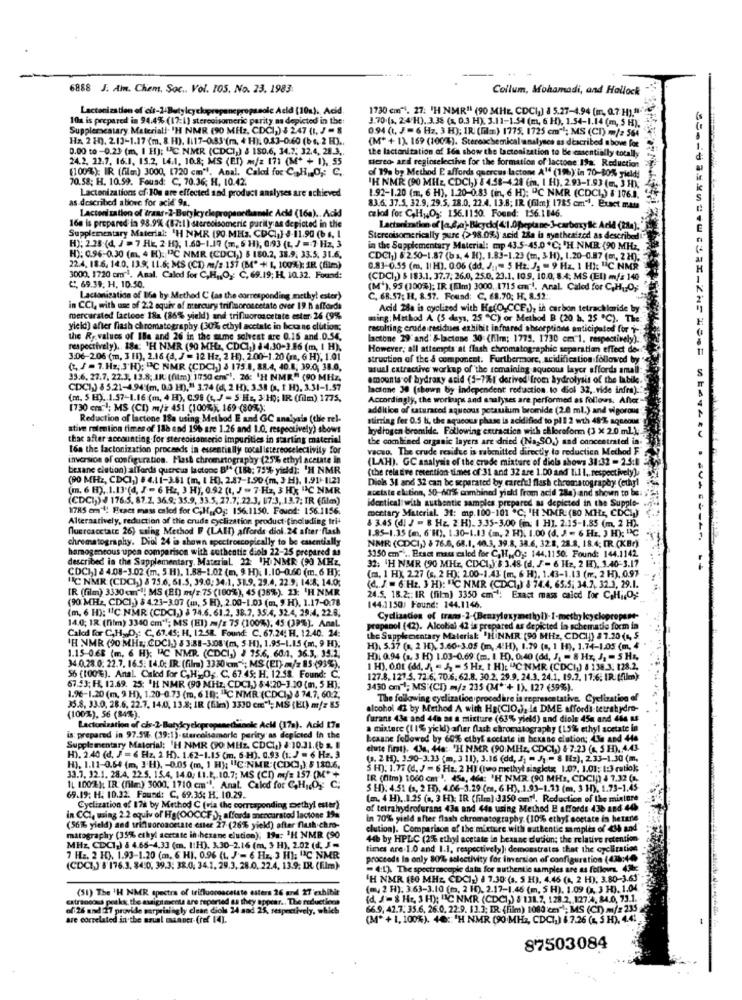
6888 J. Amm. Chem, Soc ., Vol. 105. No. 23. 1983
Collum, Mohamadi, and Hallock
Lactanization of cis-24Butylcyclopropanepropssolc Acid (10). Acid
1730 cm". 27: 'H NMR11 (90 MHE, CDCI]) 8 5.27-4.94 (mr. 0.7 H)."-
10x is prepared in 94.4% (17:1) stereoisomeric parity.ma depicted in the:
3.70.(s. 2:4'H). 3.35 (1. 0.3 H): 3.11-1.54 (m, 6 H), 1.54-1.14 (m, 5 H),
Supplementary Materiall. 'H NMR (90 MHz, CDCI,) $ 247 (1, J - 8
0.94 (t, J= 6 Hz, 3 H); IR (Til. ) 1775, 1725 cm""; MS (CI) m/: 564
Hx. 2 10). 2.13-1.17 (m. 8 H). 1117-0.83 (m, 4 H): 0.83-0.60 (b s, 2 H) ..
(M+ + 1). 169 (100%). Stereachemical analyses as described above for
0.00 to -0.23 (m, I H); "C.NMR (CDCI,) & 150.6, 34.2; 32.4, 28.3.
the lactanitation of I6a show the lactonization to be essentially totally
24.2. 22.7. 16.1, 15.2, 14.1. 10.8; MS (ET) m/z 171 (M* + 1), 55
stereo- and regioselective for the formation of lactone ISa. Reduction
(1 00%): IR (film) 3000, [720 cm"l. Anal, Caled for C. H ., O ,: C.
of 19% by Method E affords quercus lactone A14 (196) in 70-80% yield!
70.58; H. 10.59. Found: C, 70.36; H. 10.42.
IH NMR (90 MHZ, CDCI,) & 4.58-4.28 (m. I H), 2.93-1.93 (m, 3 H);
Lactenizations of. 10m are effected and product analyses are achieved
as described above for acid 9a.
1.92-1.20 (m, 6 H), 1.20-0.83 (in, 6 H): "C NMR (CDCI,) $ 106.1.
Lactedi zation of trans-2-Butylcycle
openedhanelc Acid (16a) .. Acid
83.6. 37.5, 32.9, 29.5, 18.0, 22.4. 13.8; IR (film); 1785 cm"1. Exact mat
calod for C,H),Og: 156.1130. Found: 156.1146.
16a is prepared in 98.9% (87:1) stereoisomerie purity as depicted in the
Supplementary Materiai: 'H NMR (90 MHs, CDCI,] 8-11.90 (b s. I
Stercoisomerically pure (>98.0%) acid 28a la synthesized as described
H): 2.38 (d, J = 7 HE, 2-H), 1.60-1.17 (m, 5 H), 0/93 (t, J = 7 Hz, 3
in the Supplementary Material: mp 43.5-45.0 'C; 'H NMR (90 MHZ,
H): 0.96-0.30 (m. 4 H): "℃ NMR (CDCI,) $ 180.2, 38.9. 33.5. 31.6.
CDCI1) 6:2.50-1.87 (bs, 4 H), 1.83-1.23 (tm, 3 H), 1.20-0.87 (m, 2 H),
22.4. 18.6. 14.0. 13.9. 11.6; MS (CD) m/2 157 (B* + 1, 100%): IR (film)
0.83-0.55 (m. 11 H). 0:06 (dd. J: 1- 5 Hz: J] = 9 Hz. 1 H): "C.NMR
3000, 1720 cm"1. Anal. Caled for C,H ., O ,: C, 69.19; H, 10.32. Found:
C", 69.39, H. 10.50.
(CDCI) $ 183.1. 37.7, 26.0, 25.0. 23.1. 10.9. 10.0, 8.4; MS (El) m/ż 140
(M'), 95 (100%); IR (Em) 3000. 1715 cm !. Anal. Caled for C.H ., Og
Lactonisation of Be hy Method C' (as the corresponding methyl ester)
C. 68.57: H, 8.57. Found: C. 68.70; H. 8.52:
in CCI, with une of 2.2 equir of mercury trifinoroncetate over 19. h affords
Acid 28. is cyclired with He(O,CCE.), in carbon tetrachloride by
mercursted lactone 18a (86% yield) and trifluoroacetate ester 26 (9%
mirg: Method A (3 days, 25 "C) or Method B (20 h. 25 ℃). The
yicid) after flash chromatography (30% ethyl acetate in hexane clution;
recolting crude residues exhibit infrared absorptions anticipated for -
the Ry.values of IBe and 26 in the sume solvest are 0.15 and.0.54.
lactone 29'and' &lactone 30 (film; 1779. 1730 cm. 1, respectively).
respectively). 184: 'H NMR (90 MHZ, CDCI,) à 4.30-3.56 (m, I H),
However, all attempts at flash chromatographic se
arstian effect de-
3:06-206 (m, 3 (1), 2.16 (a, J = 12 Hz, 2 H), 2.00-1.20 (ma, 6 H), 1.01
struction of the & component. Furthermore, acidification followed by
(2, J= 7.Hz, 3'H); "C NMR (CDC),) 3 175.8, 88.4, 40.8. 39.0; 38.0,
mual extractive workup of the remaining aqueous layer affords small
yor affords amall
33.6. 27.7. 22.3. 13.8; AK (film) 1750 cm"). 26: 'H NMR" (90 MHZ,
amounts of bydrany acid (3-7%1' derived from hydrolysis of the labik.
ysis of the habile.
CDCI) 85.21-4.94:(m, 0.0 H)." 3.74 (d, 2 H), 3.38 (s. I H), 3.31-1.57
lactone 38 (shown by independent reduction to diol 32, vide infra).
32, vide infra).
(m. 5 E). 1.57-1.16 (m, 4 H), 0.99 (+ / - 5 Hz, 3 H); IR (film) 1775.
Accordingly, the workups and analyses are performed as follows. After
follows: After
[730 em"1; MS (CI) m/# 451 (100%), 169 (80%);
addition of saturated aqueous potaulum bromide (2.0 ml.) and vigorous
Reduction of lactone 18a using Method E and GC analysis (the rel-
stirring fer 0.5 b, the aqueous phase is ac
od to pl 1 2 wth 48'% aqueous"
stive rolmtion times of 186 and 19% are 1.26 and 1.0. respectively) shows
hydrogen bromide. Following extraction with elloreform (3 x 2.0 ml.);
that after accounting.for stereoisomerio Impurities in starting material
the combined organic layers are dried (Na,SO,5 and concentrated in
toa the factorization proceeds in essentially cocal stereoselectivity for
vacuo. The crude resulte is rabenitted directly to
en Method F
inversion of configuration. Hash chromatography (25% ethyl acetate in
(LAH). GC analysis of the erede mixture of diols shows 31:32 - 2.5:1
besane elution) affords quercus lactone Bf* (188; 75% yield]: 'H NMR
(the relative retention times of:31 and 32 are 1.00 and 1.1 1, respectively').
(90 MHZ, CDCI,) # 4.11-3.81 (in, I H). 2.87-1.90 (m, 3 H), 1,91)-1121
Diols 31 and 32 can be separated by careful flash chromatography (ethyl
(m. 6 H), 1.13'(4, J - 6 Hz, 3 H), 0.92 (t. J - 7.Hz, 3 Hx "C NMR
aostate elction, 50-40% combined yield from acid 28a)
id shown to be
(CDCI)) J 176.5. 87.2. 36.9: 35.9. 33.5. 27.7; 22.3, 67:3, 13.7; IR (film)
identical with authentic samples prepared as de
in the Supple-
1785 emil! Exact mass caled for C,H ., Og: 156.1150. Found: 156.1156.
mentary Material. 31: mp. 100-101 "C; 'H NMR: (BO MHZ, CDCI)
Alternatively, reduction of the crade cyclization productifincluding tri-
fuercacetate 26) using Method F (LAIT) affords diol. 24 after flash
1.85-1.35 (m, 6'H), 1.30-1.1] (m, 2 H), 1.00 (d. J = 6 Hz, 3 H); "℃
8 3.45 (dl J = 8 Hz. 2 H). 3.35-3,00 (m: 1 H). 2.15-1.85 (m. 2 H).
chromatography. Diol 24 is shown spectroscopically to be essentially
======================= ======= -------
homogeneous upon comparison with authentic diola 22-25 prepared as
NMR (CDCI)) & 76.0, 68.1, 40.3, 39.8, 38.6, 32.8, 28.8. 18.4; IR (KBr)
$150 em" .. Pract maus eslod for C,H ,, Og: 144.1150. Found: 144.1142.
described in the Supplementary. Material 22: "H NMR (90 MHZ
CDCI,) 2 4.08-3.02 (m. 5 H). 1.88-1.02 (m, 9 H): 1.10-0.60 (m. 6 H):
32: 1H NMR (90 MHZ, CDCI )'$ 3.48 (d. J - 6 Hz, 2 H), 3.40-3.17
--
HC NMR (CDCI) & 75.6, 51.5. 39.0: 34.1, 31.9. 29.4, 22.9; 14:8, 14.0;
(m. 1 HX 2.27 (s. 2 H): 2.00-1.43: [m, 6 H), 1.43-1.13 (me, 2 H), 0.97
IR (film) 3330 cmr"! MS (El) m/z 75 (100%), 45 (36%). 23: 'H NMR
(d. J = 6 Hz, 3 H): "IC NMR (CDCI,) 8 74.4, 65.5; 34.7, 32.3, 29.1.
(90 MHZ, CDCI,) $ 4.23-3.07 (m, 5 H), 2.00-1.03 (m, 9 H), 1.17-0.78
24.5. 18.2 ;: IR (film) 3350 cm": Exact mass caled for CaHi,O,
(m, 6 H): "C NMR (CDCI,) $ 74.6. 61.2. 38.7, 35.4, 32.4, 29:4, 22.8;
144.1150) Found: 144.1146.
14.0; IR' (film) 3340 cm"1; MS (EI) m/z 75 (100%), 45 (39%). Anal
Caked for C,H ,, D ,: C, 67.45; H, 12.58. Found: C. 67.24: H. 12.40. 24:
propanol (42). Alcolial 42 is prepared as depicted in schematic form in
the Supplementary Material: "HINMR' (90 MHz, CDCI!) # 7.20 (4, 5.
IH NMR (90 MHZ; CDCI) & 3:31-3.08'(m, 5 H), 1.95-1.15 (m, 9 H),
1.15-0.68 (m, 6 H); HC NMR (CDCI,) J 75.6, 60.4, 36.3, 33.2.
H), 5.37 (s. 2 H), 3.60+3.05 (m, 4!H), 1.29 (a, 1 H), 1.74-1.05 (m, 4
H). 0.94 (1, 3 H) 1.03-0.69 (m. I. H), 0:40 (dd, J, = 8 Hz, J, - 5 Hz,
34.0.28.0. 22.7. 16.5: 14.0; IR. (film) 3330 cm"; MS (EI):m/z 85 (93%).
1 H), O.Ot (dd, A) = , = 5 Hz, t H): "C NMR (CDCI) 8 138.3. 128.2.
56 (100%). Anal Calod for C,H; , O, C. 67.45; H. 12.58. Found: C.
127.8. 127 5. 72 6. 70.6. 62.8. 30.2. 29.9. 24.3. 24.1. 19.7. 17.6; IR. (film):
67.53; F. 12.69. 25: 'H NMR (90 MHZ, CDCI) 5:4:20-3.10 (m, 5 H);
3430 cm-1; MS (CT) m/2 215 (M*+ 1). 127 (59%).
1.96-1.20 (m, 9 H), 1.20-0.73 (m, 6 19); "C NMR (CDCI-) 8 74,7, 60.2.
The following cyclization procedure is representative. Cyclization of
35.8, 33.0, 28.6. 22.7. 14.0, 13.8; IR (film) 3330 cm"; MS (EL) m/z 85
alcohol 43 by Method A with Hg(CIO.), In DME affords tetrahydro-
(100%). 56 (84%).
furans 434 and 445 as a mixture (63% yield) and diole 45m and 414 ES
Lactonization of cis-2-Batycyclepropaneduinole Ach (17a). Ackl 17a
a mixture (1 1% yickd) after flash chromatography (15%% ethyl acetate in
is: prepared in 97.5W (19:1)-siercoisamerle parity as depicted in the
Leaane followed by 60% ethyl acetate in bexane ciation; Lle and 440
Supplementary Material: 'H NMR (90 MEZ, CDCI,) $ 10.31.66 s.
elute first). 438. 440: 'H NMR (90.MHz, CDCI,) & 7.23 (4. 5 HD). 4.43.
H). 2.40 (d. F = 6 Hz, 2 H). 1.62-1.15 (m. 6 H). 0.93 (1: J = 6 Hz. 3
(3. 2 H). 3.90-3.33 (m, 3 11), 3.16 (dd, J] = J] = 8 Hz), 233-1.30 (m.
HJ. 1.11-0.54 (m, J.H), - 0.05 (m, 1 H); "C:NME:(CDC),) $ 130.6.
5 H). 1.77 (d. J = 6 Hz. 2 H] (two methyl siagktx 1.07, 1.01; 1:3 ratio),
33.7. 32.1. 28.4. 22.5. 15.4. 14.0, L.1.2 .. 10.7; MS (CD) m/= 157 (M* *
IR (film) 1060 cm3. 45a, 464: 'H NMR (90 MHs, CDCI|) 4 7.32 (.
1L 100%); IR: (film) 3000, 1710 cm"l. Anal. Caled for CH ,. D. C.
5 H): 4.51 (3, 2 H), 4.06-3.29 (m, 6 H), 1.93-1.13 (m, 3 H). 1.73-1,45
69.19: H. 10.32. Found: C. 69.36; H. 10.29.
(m. 4 H) .. 1.25 (a, 3 H): IR (film) 3350 cm7. Reduction of the mixture
Cyclization of 178 by Method C (via the corresponding methyl ester)
of tetrahydrofurans 434 and 44a using Method E affords 436 and 44
in CCI, using 2.2 equiv of Hg(OOCCF ); affords mercurstod lactone 19%
in 70% yield after flash chromatography. (10% ethyl soetate in hetare
(561% yield) and trifluoroacetate etter 27 (26% yield) after flush chro-
elution). Comparison of the mixture with authentic samples of 44 and"
matography (35%% ethyl acetate in hexane elution); 198: 'H NMB (90
44h by HPLC (2% ethyl acetate in bexanc cution; the relative retention
MHz, CDC1) & 4.66-4.33 (m. 1:H). 3.30-2.16 (m, 3 H), 2.02 (t. J -
times are 1.0 and 1.1, respectively); demonstrates that the cycliration
7 Ha. 2 H). 1.93-1.20 (m. 6 HI, 0.96 (t. J - 6 Hz, 3 H): "C NMR
proceeds In only 80% selectivity for inversion of configuration (47:44
(CDCI)'# 176.3. 84:0, 39.3: 38.0. 34.1. 29.3. 28.0. 22.4. 13.9. IX (Elm).
- 4:1). The spectroscopie data for authentic samples are as follows. 43
"H NMR (80 MHZ, CDCI-) & 7.30: (s. 5 H), 4.46 (4, 2 H), 3.80-3.63
(51) The 'H NMR spectra of trifluoroacetate esters 26 und 27 'exhibit
(my 2 H). 3.63-3.10 (m, 2 H), 2.17-1,46 (m, 5 H), 1.09 ( 3 H). 1.04.
catrincoss poikk the assign ments are reported as they appear .. The redueti
(d. J == $ Hr, 3 H); "C NMR (CDCI,) 8 131.7, 128.2, 127.4, 84.0, 73.1.
of:26 and IT provide surprisingly clear diols 24 sad 25, respectively, wh
66.9, 47.7: 35.6. 26.0. 22:9. 13.3; ER. (Film) 1080 em"1; MS (CT) m/# 235
are correlated in the usual manner (ref 14).
(M* + 1, 100%). 40 :: 'H NMR (90 MHZ, CDCI,) & 7.26 (1, 5 H), 4.41
87503084